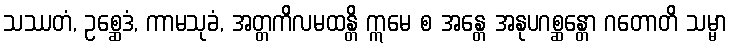
သဿတံ, ဥစ္ဆေဒံ, ကာမသုခံ, အတ္တကိလမထန္တိ ဣမေ စ အန္တေ အနုပဂစ္ဆန္တော ဂတောတိ သမ္မာ